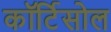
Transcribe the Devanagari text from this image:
कॉर्टिसोल